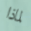
لماذا